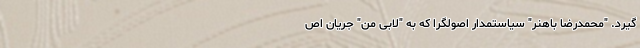
‌گیرد. "محمدرضا باهنر" سیاستمدار اصولگرا که به "لابی من" جریان اص